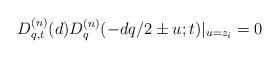
LaTeX: \begin{gather*}D^{(n)}_{q,t}(d)D^{(n)}_q(-dq/2\pm u;t)|_{u=z_i}=0\end{gather*}